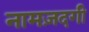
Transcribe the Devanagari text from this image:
नामज़दगी